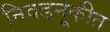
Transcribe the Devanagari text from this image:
निवडनूकीत